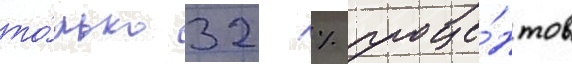
то́лько 32 % проце́нтов